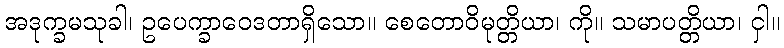
အဒုက္ခမသုခါ၊ ဥပေက္ခာဝေဒတာရှိသော။ စေတောဝိမုတ္တိယာ၊ ကို။ သမာပတ္တိယာ၊ ငှါ။